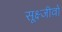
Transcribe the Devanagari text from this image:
सूक्ष्जीवों